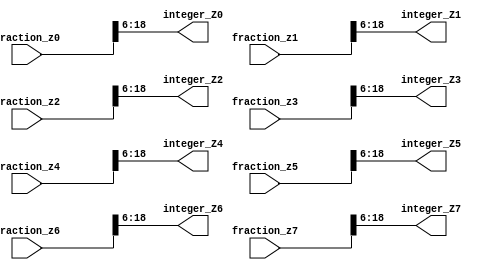
module transform(

input signed[18:0] fraction_z0, fraction_z1, fraction_z2, fraction_z3, fraction_z4,fraction_z5,fraction_z6, fraction_z7,

output signed [12:0] integer_Z0, integer_Z1, integer_Z2, integer_Z3, integer_Z4,integer_Z5, integer_Z6, integer_Z7);

assign integer_Z0 =  fraction_z0[18:6];
assign integer_Z1 =  fraction_z1[18:6];
assign integer_Z2 =  fraction_z2[18:6];
assign integer_Z3 =  fraction_z3[18:6];
assign integer_Z4 =  fraction_z4[18:6];
assign integer_Z5 =  fraction_z5[18:6];
assign integer_Z6 =  fraction_z6[18:6];
assign integer_Z7 =  fraction_z7[18:6];

endmodule